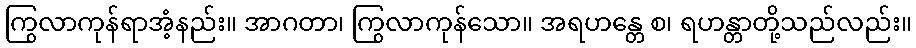
ကြွလာကုန်ရာအံ့နည်း။ အာဂတာ၊ ကြွလာကုန်သော။ အရဟန္တေ စ၊ ရဟန္တာတို့သည်လည်း။